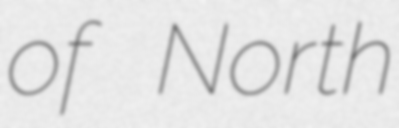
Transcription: of North